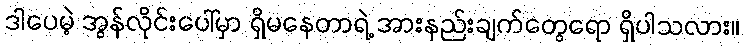
ဒါပေမဲ့ အွန်လိုင်းပေါ်မှာ ရှိမနေတာရဲ့ အားနည်းချက်တွေရော ရှိပါသလား။